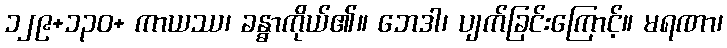
၁၂၉+၁၃၀+ ကာယဿ၊ ခန္ဓာကိုယ်၏။ ဘေဒါ၊ ပျက်ခြင်းကြောင့်။ မရဏာ၊